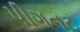
પીગનટ